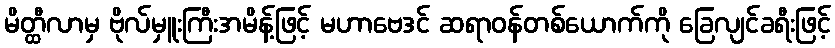
မိတ္ထီလာမှ ဗိုလ်မှူးကြီးအမိန့်ဖြင့် မဟာဗေဒင် ဆရာဝန်တစ်ယောက်ကို ခြေလျင်ခရီးဖြင့်